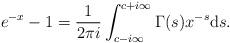
LaTeX: \begin{align*}e^{-x} - 1 = \frac{1}{2 \pi i} \int_{c-i\infty}^{c+i \infty}\Gamma(s) x^{-s} {\rm d}s. \end{align*}